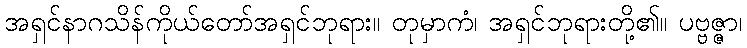
အရှင်နာဂသိန်ကိုယ်တော်အရှင်ဘုရား။ တုမှာကံ၊ အရှင်ဘုရားတို့၏။ ပဗ္ဗဇ္ဇာ၊